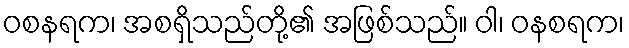
ဝစနရက၊ အစရှိသည်တို့၏ အဖြစ်သည်။ ဝါ၊ ဝနစရက၊